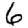
Digit: 6